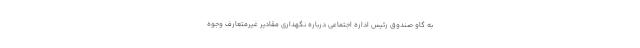
به گاو صندوق رئیس اداره اجتماعی درباره نگهداری مقادیر غیرمتعارف وجوه